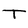
Character: T